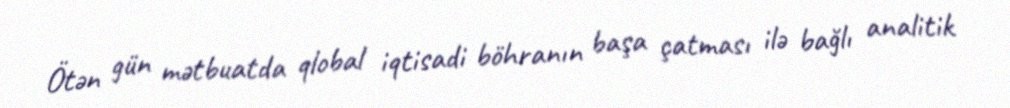
Ötən gün mətbuatda qlobal iqtisadi böhranın başa çatması ilə bağlı analitik